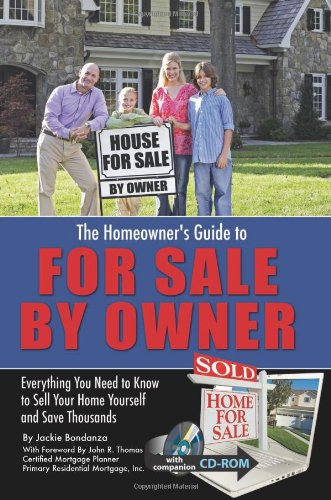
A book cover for The HomeownerEEs Guide to For Sale By Owner: Everything You Need to Know to Sell Your Home Yourself and Save Thousands; Jackie Bondanza; Business & Money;